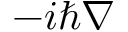
- i \hbar \nabla